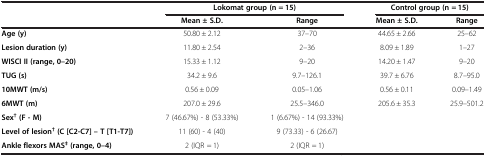
<table><thead><tr><td><b> </b></td><td colspan="2"><b>Lokomat group (n = 15)</b></td><td colspan="2"><b>Control group (n = 15)</b></td></tr><tr><td><b> </b></td><td><b>Mean ± S.D.</b></td><td><b>Range</b></td><td><b>Mean ± S.D.</b></td><td><b>Range</b></td></tr></thead><tbody><tr><td><b>Age (y)</b></td><td>50.80 ± 2.12</td><td>37–70</td><td>44.65 ± 2.66</td><td>25–62</td></tr><tr><td><b>Lesion duration (y)</b></td><td>11.80 ± 2.54</td><td>2–36</td><td>8.09 ± 1.89</td><td>1–27</td></tr><tr><td><b>WISCI II (range, 0–20)</b></td><td>15.33 ± 1.12</td><td>9–20</td><td>14.20 ± 1.47</td><td>9–20</td></tr><tr><td><b>TUG (s)</b></td><td>34.2 ± 9.6</td><td>9.7–126.1</td><td>39.7 ± 6.76</td><td>8.7–95.0</td></tr><tr><td><b>10MWT (m/s)</b></td><td>0.56 ± 0.09</td><td>0.05–1.06</td><td>0.56 ± 0.11</td><td>0.09–1.49</td></tr><tr><td><b>6MWT (m)</b></td><td>207.0 ± 29.6</td><td>25.5–346.0</td><td>205.6 ± 35.3</td><td>25.9–501.2</td></tr><tr><td><b>Sex</b><sup><b>† </b></sup><b>(F - M)</b></td><td>7 (46.67%) - 8 (53.33%)</td><td>1 (6.67%) - 14 (93.33%)</td><td> </td><td> </td></tr><tr><td><b>Level of lesion</b><sup><b>† </b></sup><b>(C [C2-C7] – T [T1-T7])</b></td><td>11 (60) - 4 (40)</td><td>9 (73.33) - 6 (26.67)</td><td> </td><td> </td></tr><tr><td><b>Ankle flexors MAS</b><sup><b>‡ </b></sup><b>(range, 0–4)</b></td><td>2 (IQR = 1)</td><td>2 (IQR = 1)</td><td> </td><td> </td></tr></tbody></table>